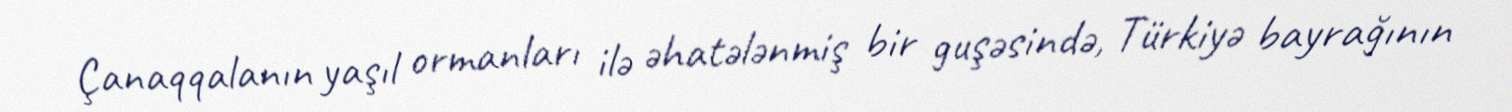
Çanaqqalanın yaşıl ormanları ilə əhatələnmiş bir guşəsində, Türkiyə bayrağının